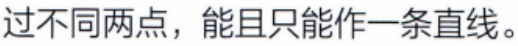
过不同两点，能且只能作一条直线。